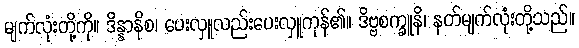
မျက်လုံးတို့ကို။ ဒိန္နာနိစ၊ ပေးလှူလည်းပေးလှူကုန်၏။ ဒိဗ္ဗစက္ခူနိ၊ နတ်မျက်လုံးတို့သည်။